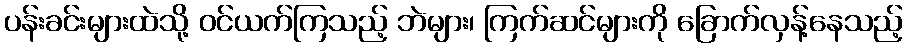
ပန်းခင်းများထဲသို့ ဝင်ယက်ကြသည့် ဘဲများ၊ ကြက်ဆင်များကို ခြောက်လှန့်နေသည့်